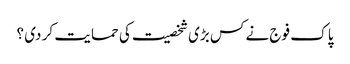
پا ک فوج نے کس بڑی شخصیت کی حما یت کر دی ؟